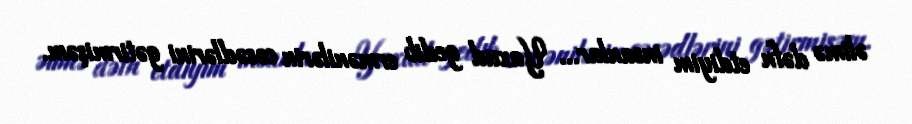
əlimə dəfn etdiyim insanlar... Yaxud gedib ermənilərin cəsədlərini gətirmişəm.